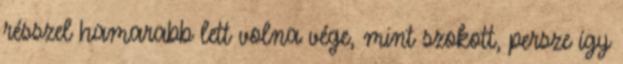
résszel hamarabb lett volna vége, mint szokott, persze így